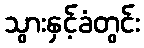
သွားနှင့်ခံတွင်း